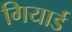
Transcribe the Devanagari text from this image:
गियार्ड